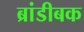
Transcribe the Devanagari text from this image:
ब्रांडीबक